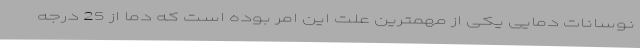
نوسانات دمایی یکی از مهمترین علت این امر بوده است که دما از 25 درجه